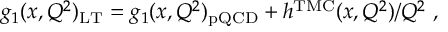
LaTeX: g _ { 1 } ( x , Q ^ { 2 } ) _ { \mathrm { L T } } = g _ { 1 } ( x , Q ^ { 2 } ) _ { \mathrm { p Q C D } } + h ^ { \mathrm { T M C } } ( x , Q ^ { 2 } ) / Q ^ { 2 } ~ ,